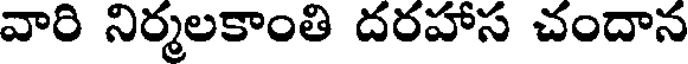
వారి నిర్మలకాంతి దరహాస చందాన